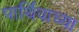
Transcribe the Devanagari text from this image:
पार्थिवाच्या